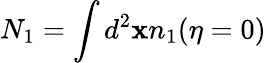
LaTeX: N_{1}=\int d^{2}\mathbf{x}n_{1}(\eta=0)